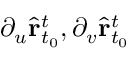
\partial _ { u } \hat { \mathbf { r } } _ { t _ { 0 } } ^ { t } , \partial _ { v } \hat { \mathbf { r } } _ { t _ { 0 } } ^ { t }